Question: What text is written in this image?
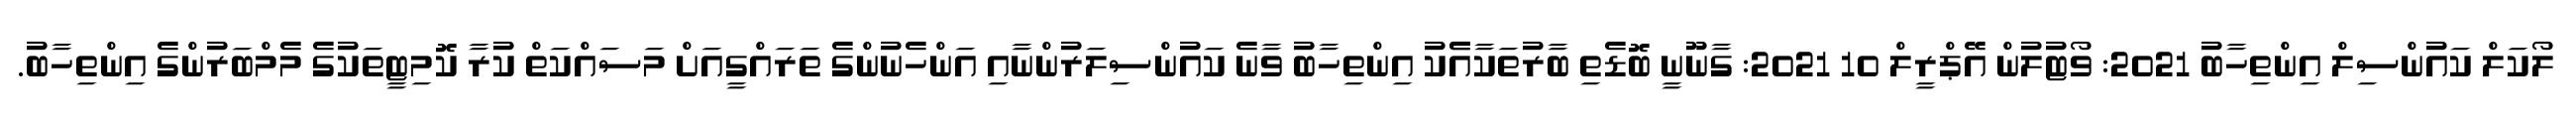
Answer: ލޯކަލް ކައުންސިލް އިންތިހާބު 2021: ވޯޓުލުން އޭޕްރީލް 10 2021: ގާނޫނީ ބޮޑެތި ބާރުތަކާއެެކު އިންތިހާބު ވާނެ ކައުންސިލަރުންނާއި އަންހެނުންގެ ތަރައްގީއަށް މަސައްކަތް ކުރާ ކޮމިޓީތަކުގެ މެމްބަރުންގެ އިންތިހާބު.